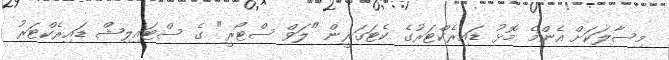
މިސާލަކަށް އެންމެ މޮޅު ޑައިރެކްޓަރުގެ ކެޓަގަރީން "ލަވް ސްޓޯރީ" ގެ ސްޓައިލިޝް ޑައިރެކްޓަރު